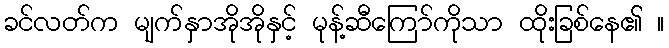
ခင်လတ်က မျက်နှာအိုအိုနှင့် မုန့်ဆီကြော်ကိုသာ ထိုးခြစ်နေ၏ ။